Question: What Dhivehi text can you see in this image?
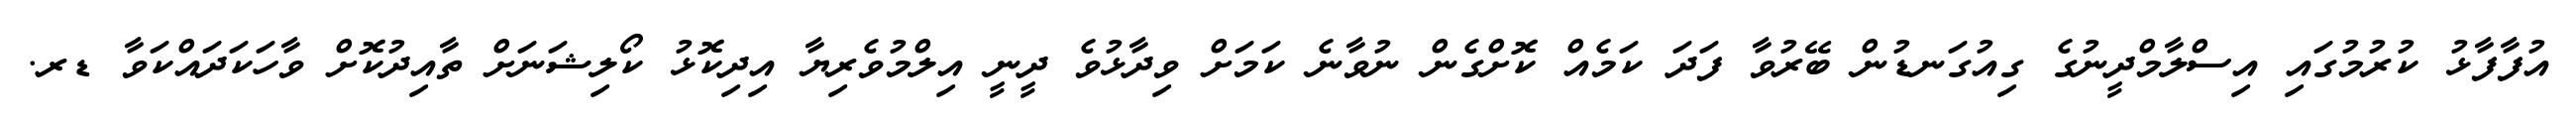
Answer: އުފާފާޅު ކުރުމުގައި އިސްލާމްދީނުގެ ގިއުގަނޑުން ބޭރުވާ ފަދަ ކަމެއް ކޮށްގެން ނުވާނެ ކަމަށް ވިދާޅުވެ ދީނީ އިލްމުވެރިޔާ އިދިކޮޅު ކޯލިޝަނަށް ތާއިދުކޮށް ވާހަކަދައްކަވާ ޑރ.